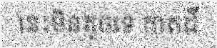
នេះមិនតូចទេ កាត់ដី